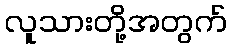
လူသားတို့အတွက်